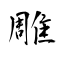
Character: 雕